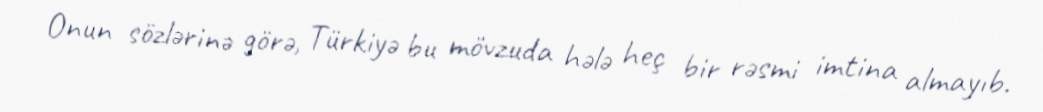
Onun sözlərinə görə, Türkiyə bu mövzuda hələ heç bir rəsmi imtina almayıb.